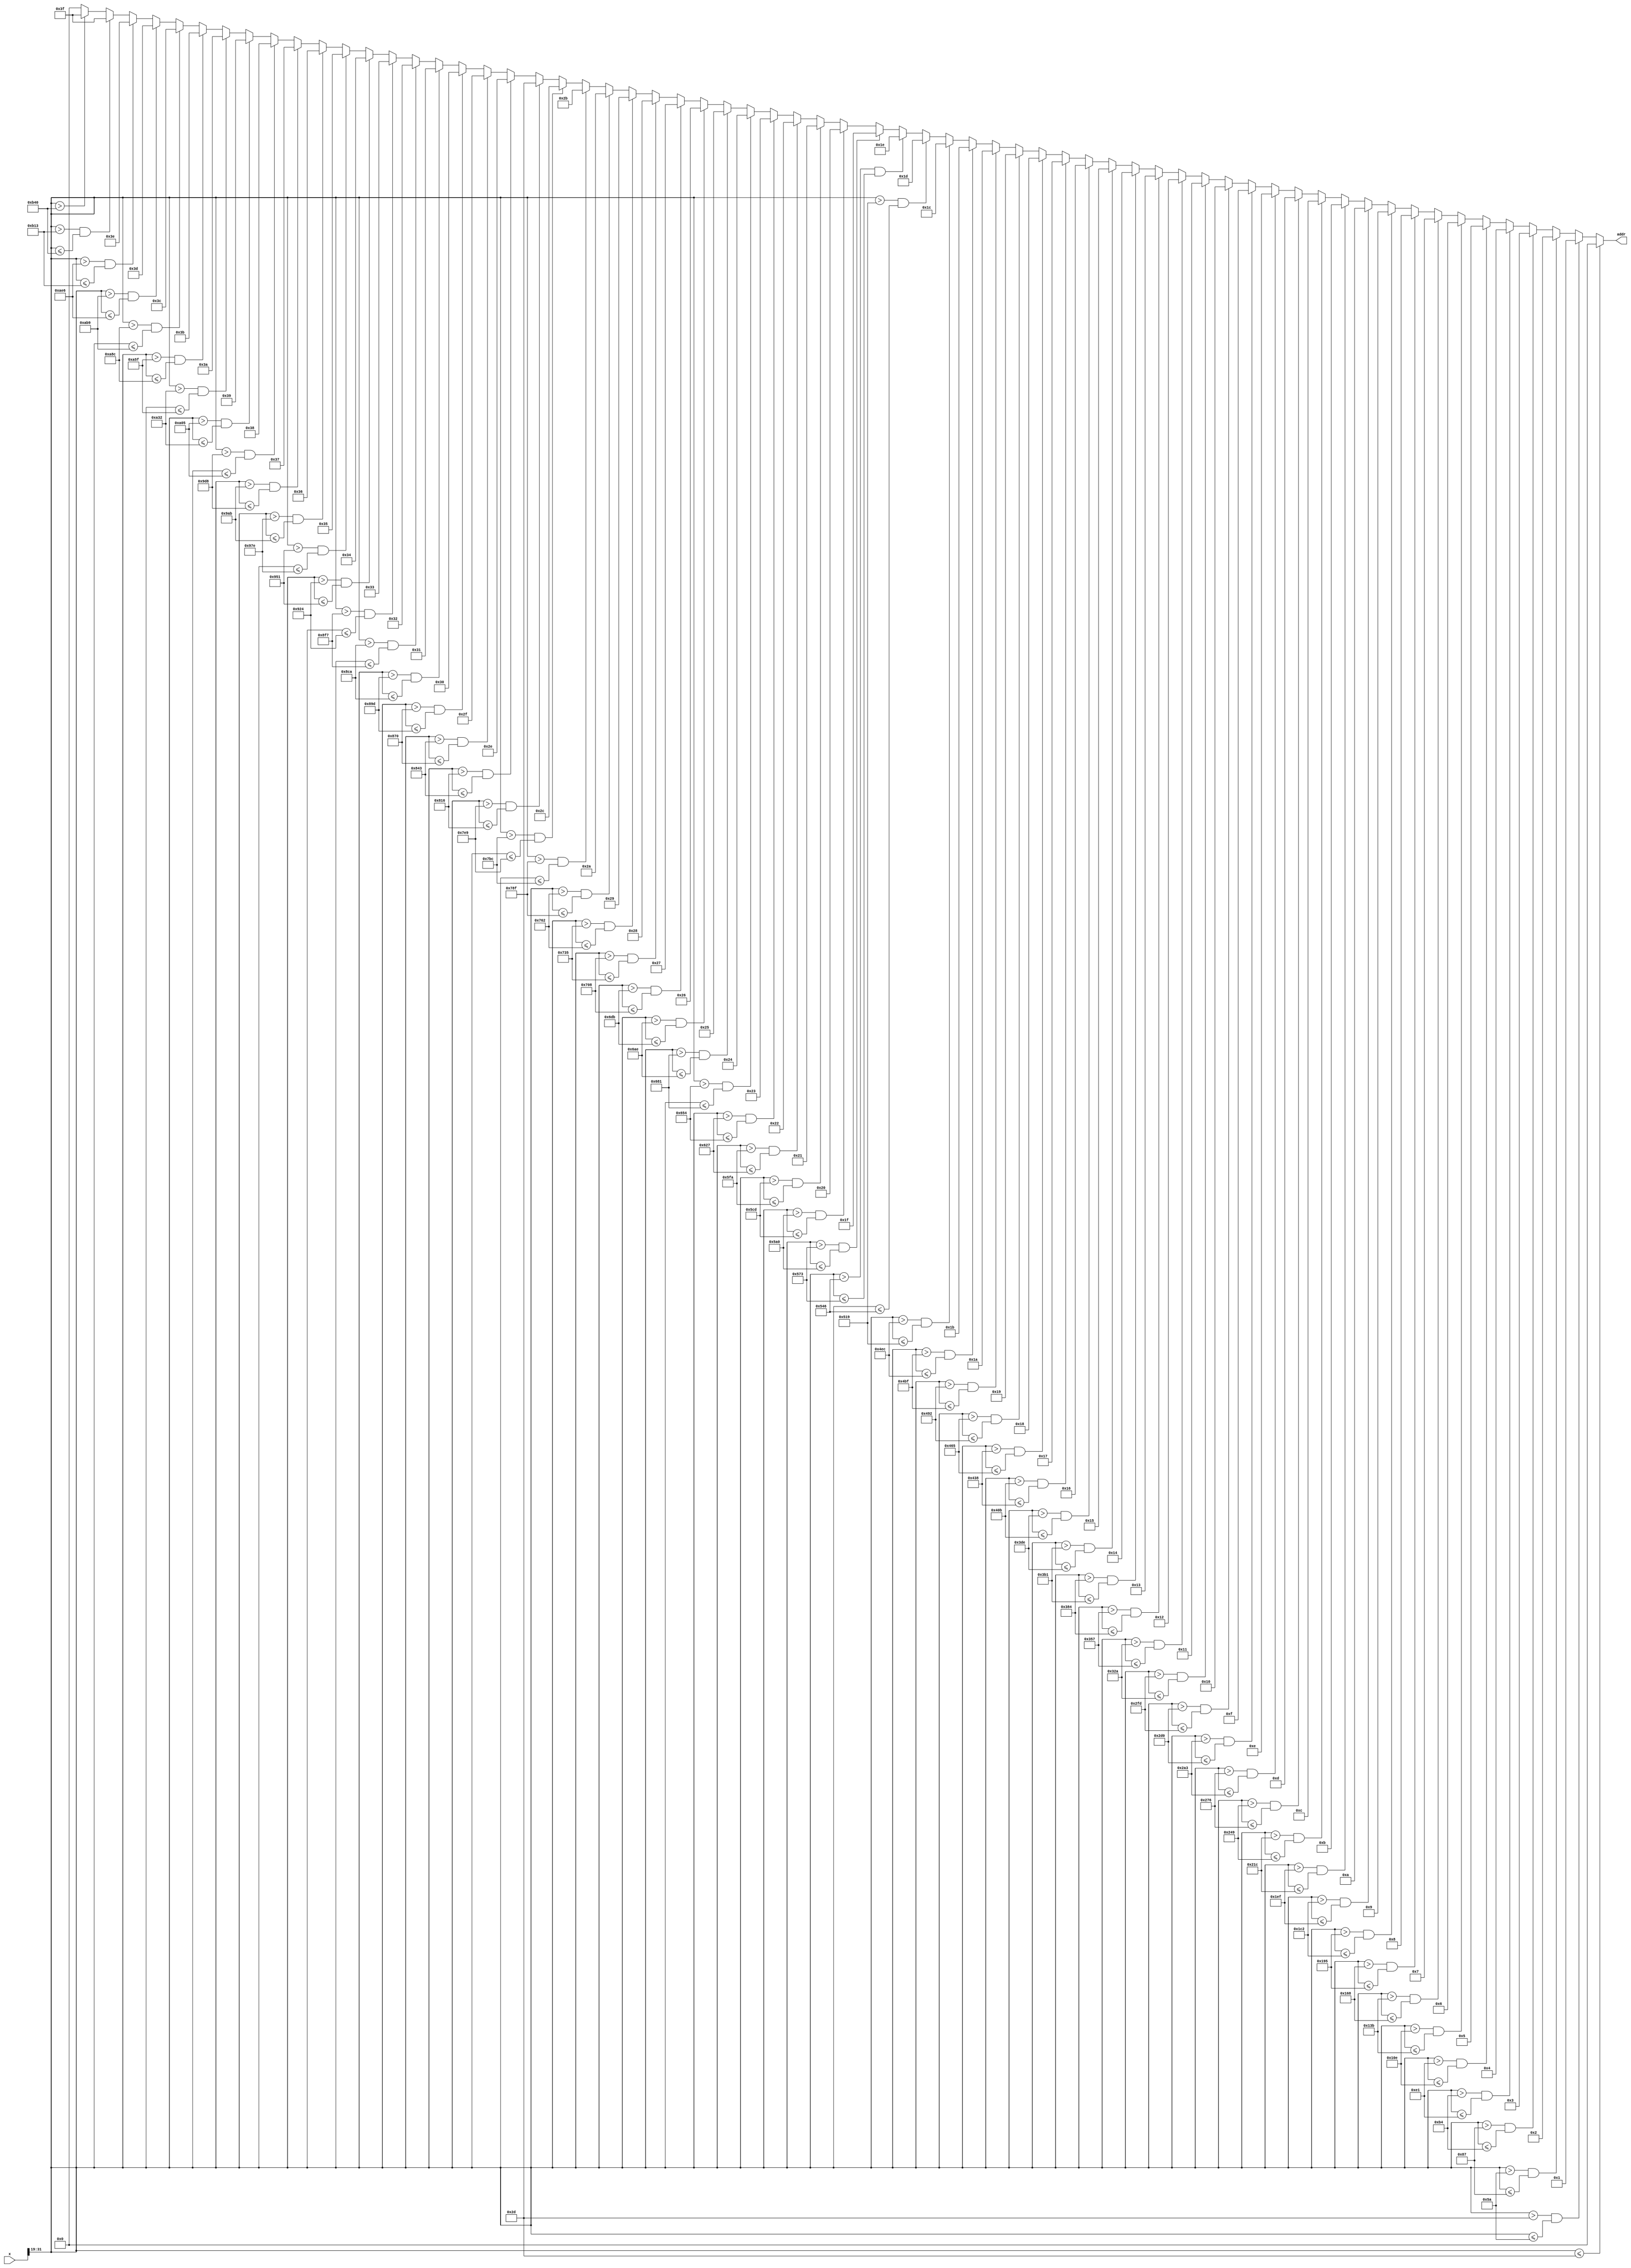
`timescale 1ns / 1ps

module segment_decoder
(
    input [31 : 0] x,
    output reg [5 : 0] addr
);
    always @ (*)
    begin
        if( x[31 : 19] <= 45 ) addr <= 0;                                       // x <= 5.625
        else if( x[31 : 19] > 45 && x[31 : 19] <= 90 ) addr <= 1;               // x > 5.625 && x <= 11.25
        else if( x[31 : 19] > 90 && x[31 : 19] <= 135 ) addr <= 2;              // x > 11.25 && x <= 16.875
        else if( x[31 : 19] > 135 && x[31 : 19] <= 180 ) addr <= 3;             // x > 16.875 && x <= 22.5
        else if( x[31 : 19] > 180 && x[31 : 19] <= 225 ) addr <= 4;             // x > 22.5 && x <= 28.1250
        else if( x[31 : 19] > 225 && x[31 : 19] <= 270 ) addr <= 5;             // x > 28.1250 && x <= 33.75
        else if( x[31 : 19] > 270 && x[31 : 19] <= 315 ) addr <= 6;             // x > 33.75 && x <= 39.3750
        else if( x[31 : 19] > 315 && x[31 : 19] <= 360 ) addr <= 7;             // x > 39.3750 && x <= 45
        else if( x[31 : 19] > 360 && x[31 : 19] <= 405 ) addr <= 8;             // x > 45 && x <= 50.6250
        else if( x[31 : 19] > 405 && x[31 : 19] <= 450 ) addr <= 9;             // x > 50.6250 && x <= 56.25
        else if( x[31 : 19] > 450 && x[31 : 19] <= 495 ) addr <= 10;            // x > 56.25 && x <= 61.8750
        else if( x[31 : 19] > 495 && x[31 : 19] <= 540 ) addr <= 11;            // x > 61.8750 && x <= 67.5
        else if( x[31 : 19] > 540 && x[31 : 19] <= 585 ) addr <= 12;            // x > 67.5 && x <= 73.1250
        else if( x[31 : 19] > 585 && x[31 : 19] <= 630 ) addr <= 13;            // x > 73.1250 && x <= 78.75
        else if( x[31 : 19] > 630 && x[31 : 19] <= 675 ) addr <= 14;            // x > 78.75 && x <= 84.3750
        else if( x[31 : 19] > 675 && x[31 : 19] <= 720 ) addr <= 15;            // x > 84.3750 && x <= 90
        else if( x[31 : 19] > 720 && x[31 : 19] <= 765 ) addr <= 16;            // x > 90 && x <= 95.6250
        else if( x[31 : 19] > 765 && x[31 : 19] <= 810 ) addr <= 17;            // x > 95.6250 && x <= 101.25
        else if( x[31 : 19] > 810 && x[31 : 19] <= 855 ) addr <= 18;            // x > 101.25 && x <= 106.8750
        else if( x[31 : 19] > 855 && x[31 : 19] <= 900 ) addr <= 19;            // x > 106.8750 && x <= 112.5
        else if( x[31 : 19] > 900 && x[31 : 19] <= 945 ) addr <= 20;            // x > 112.5 && x <= 118.1250
        else if( x[31 : 19] > 945 && x[31 : 19] <= 990 ) addr <= 21;            // x > 118.1250 && x <= 123.75
        else if( x[31 : 19] > 990 && x[31 : 19] <= 1035 ) addr <= 22;           // x > 123.75 && x <= 129.3750
        else if( x[31 : 19] > 1035 && x[31 : 19] <= 1080 ) addr <= 23;          // x > 129.3750 && x <= 135
        else if( x[31 : 19] > 1080 && x[31 : 19] <= 1125 ) addr <= 24;          // x > 135 && x <= 140.6250
        else if( x[31 : 19] > 1125 && x[31 : 19] <= 1170 ) addr <= 25;          // x > 140.6250 && x <= 146.25
        else if( x[31 : 19] > 1170 && x[31 : 19] <= 1215 ) addr <= 26;          // x > 146.25 && x <= 151.875
        else if( x[31 : 19] > 1215 && x[31 : 19] <= 1260 ) addr <= 27;          // x > 151.875 && x <= 157.5
        else if( x[31 : 19] > 1260 && x[31 : 19] <= 1305 ) addr <= 28;          // x > 157.5 && x <= 163.125
        else if( x[31 : 19] > 1305 && x[31 : 19] <= 1350 ) addr <= 29;          // x > 163.125 && x <= 168.75
        else if( x[31 : 19] > 1350 && x[31 : 19] <= 1395 ) addr <= 30;          // x > 168.75 && x <= 174.375
        else if( x[31 : 19] > 1395 && x[31 : 19] <= 1440 ) addr <= 31;          // x > 174.375 && x <= 180
        else if( x[31 : 19] > 1440 && x[31 : 19] <= 1485 ) addr <= 32;          // x > 180 && x <= 185.625
        else if( x[31 : 19] > 1485 && x[31 : 19] <= 1530 ) addr <= 33;          // x > 185.625 && x <= 191.25
        else if( x[31 : 19] > 1530 && x[31 : 19] <= 1575 ) addr <= 34;          // x > 191.25 && x <= 196.875
        else if( x[31 : 19] > 1575 && x[31 : 19] <= 1620 ) addr <= 35;          // x > 196.875 && x <= 202.5
        else if( x[31 : 19] > 1620 && x[31 : 19] <= 1665 ) addr <= 36;          // x > 202.5 && x <= 208.125
        else if( x[31 : 19] > 1665 && x[31 : 19] <= 1710 ) addr <= 37;          // x > 208.125 && x <= 213.75
        else if( x[31 : 19] > 1710 && x[31 : 19] <= 1755 ) addr <= 38;          // x > 213.75 && x <= 219.375
        else if( x[31 : 19] > 1755 && x[31 : 19] <= 1800 ) addr <= 39;          // x > 219.375 && x <= 225
        else if( x[31 : 19] > 1800 && x[31 : 19] <= 1845 ) addr <= 40;          // x > 225 && x <= 230.625
        else if( x[31 : 19] > 1845 && x[31 : 19] <= 1890 ) addr <= 41;          // x > 230.625 && x <= 236.25
        else if( x[31 : 19] > 1890 && x[31 : 19] <= 1935 ) addr <= 42;          // x > 236.25 && x <= 241.875
        else if( x[31 : 19] > 1935 && x[31 : 19] <= 1980 ) addr <= 43;          // x > 241.875 && x <= 247.5
        else if( x[31 : 19] > 1980 && x[31 : 19] <= 2025 ) addr <= 44;          // x > 247.5 && x <= 253.125
        else if( x[31 : 19] > 2025 && x[31 : 19] <= 2070 ) addr <= 45;          // x > 253.125 && x <= 258.75
        else if( x[31 : 19] > 2070 && x[31 : 19] <= 2115 ) addr <= 46;          // x > 258.75 && x <= 264.375
        else if( x[31 : 19] > 2115 && x[31 : 19] <= 2160 ) addr <= 47;          // x > 264.375 && x <= 270
        else if( x[31 : 19] > 2160 && x[31 : 19] <= 2205 ) addr <= 48;          // x > 270 && x <= 275.625
        else if( x[31 : 19] > 2205 && x[31 : 19] <= 2250 ) addr <= 49;          // x > 275.625 && x <= 281.25
        else if( x[31 : 19] > 2250 && x[31 : 19] <= 2295 ) addr <= 50;          // x > 281.25 && x <= 286.875
        else if( x[31 : 19] > 2295 && x[31 : 19] <= 2340 ) addr <= 51;          // x > 286.875 && x <= 292.5
        else if( x[31 : 19] > 2340 && x[31 : 19] <= 2385 ) addr <= 52;          // x > 292.5 && x <= 298.125
        else if( x[31 : 19] > 2385 && x[31 : 19] <= 2430 ) addr <= 53;          // x > 298.125 && x <= 303.75
        else if( x[31 : 19] > 2430 && x[31 : 19] <= 2475 ) addr <= 54;          // x > 303.75 && x <= 309.375
        else if( x[31 : 19] > 2475 && x[31 : 19] <= 2520 ) addr <= 55;          // x > 309.375 && x <= 315
        else if( x[31 : 19] > 2520 && x[31 : 19] <= 2565 ) addr <= 56;          // x > 315 && x <= 320.625
        else if( x[31 : 19] > 2565 && x[31 : 19] <= 2610 ) addr <= 57;          // x > 320.625 && x <= 326.25
        else if( x[31 : 19] > 2610 && x[31 : 19] <= 2655 ) addr <= 58;          // x > 326.25 && x <= 331.875
        else if( x[31 : 19] > 2655 && x[31 : 19] <= 2700 ) addr <= 59;          // x > 331.875 && x <= 337.5
        else if( x[31 : 19] > 2700 && x[31 : 19] <= 2745 ) addr <= 60;          // x > 337.5 && x <= 343.125
        else if( x[31 : 19] > 2745 && x[31 : 19] <= 2790 ) addr <= 61;          // x > 343.125 && x <= 348.75
        else if( x[31 : 19] > 2790 && x[31 : 19] <= 2835 ) addr <= 62;          // x > 348.75 && x <= 354.375
        else if( x[31 : 19] > 2835 && x[31 : 19] <= 2880 ) addr <= 63;          // x > 354.375 && x <= 360
        else if( x[31 : 19] > 2880 ) addr <= 63;                                 // x > 360
        else addr <= 0;                                                         // Default addr <= 0
    end
endmodule